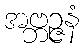
အဗ္ဘဉ္ဇနံ